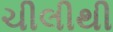
ચીલીથી